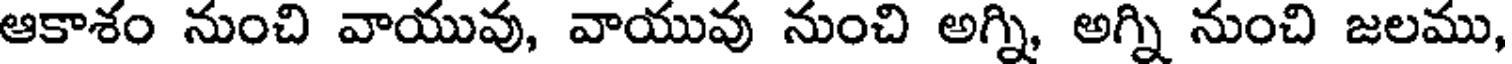
ఆకాశం నుంచి వాయువు, వాయువు నుంచి అగ్ని అగ్ని నుంచి జలము,